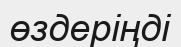
өздеріңді